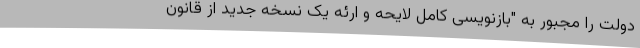
دولت را مجبور به "بازنویسی کامل لایحه و ارئه یک نسخه جدید از قانون